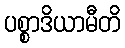
ပစ္စာဒိယာမီတိ